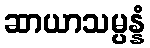
ဆာယာသမ္ပန္နံ